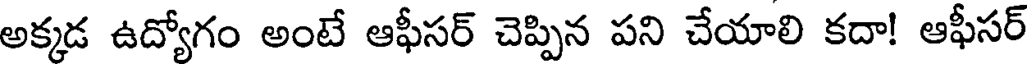
అక్కడ ఉద్యోగం అంటే ఆఫీసర్ చెప్పిన పని చేయాలి కదా! ఆఫీసర్